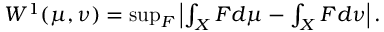
\begin{array} { r } { W ^ { 1 } ( \mu , \nu ) = \operatorname* { s u p } _ { F } \left| \int _ { X } F d \mu - \int _ { X } F d \nu \right| . } \end{array}